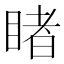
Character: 睹